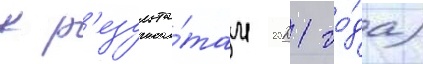
к р'езульта́там 2021 го́да)